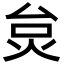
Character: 炱